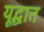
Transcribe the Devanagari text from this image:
यूद्धात